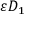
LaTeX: \varepsilon D _ { 1 }